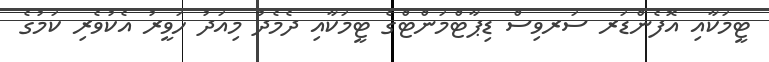
ޓީމަކާއި އޮފެންޑަރ ސަރވިސް ޑިޕާޓްމަންޓްގެ ޓީމަކާއި ދެމެދު މިއަދު ހަވީރު އެކުވެރި ކަމުގެ